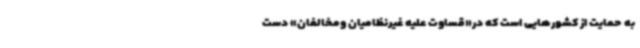
به حمایت از کشورهایی است که در«قساوت علیه غیرنظامیان ومخالفان» دست